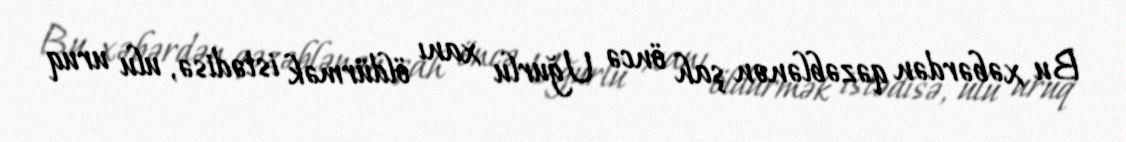
Bu xəbərdən qəzəblənən şah öncə Uğurlu xanı öldürmək istədisə, ulu uruq